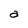
Character: a